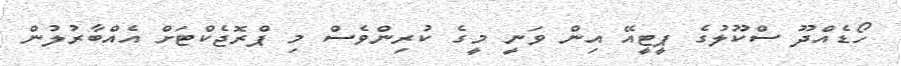
ހޯޑެއްދޫ ސްކޫލުގެ ޕީޓީއޭ އިން ވަނީ މީގެ ކުރިންވެސް މި ޕްރޮޖެކްޓަށް އެއްބާރުލުން